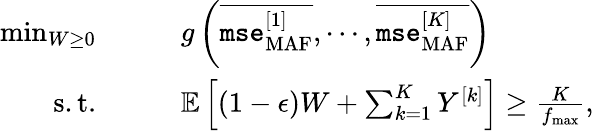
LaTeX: \begin{array}{rl}{\operatorname*{min}_{W\geq 0}}&{\qquad g\left(\overline{{\texttt{mse}_{\mathrm{MAF}}^{[1]}}},\cdots,\overline{{\texttt{mse}_{\mathrm{MAF}}^{[K]}}}\right)}\\ {\mathrm{s.t.}}&{\qquad{\mathbb{E}}\left[(1-\epsilon)W+\sum_{k=1}^{K}Y^{[k]}\right]\geq\frac{K}{f_{\operatorname*{max}}},}\end{array}